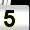
Digit: 5